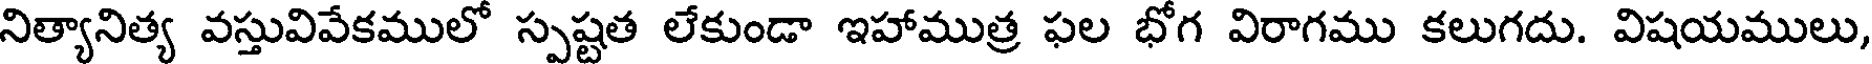
నిత్యానిత్య వస్తువివేకములో స్పష్టత లేకుండా ఇహాముత్ర ఫల భోగ విరాగము కలుగదు. విషయములు,